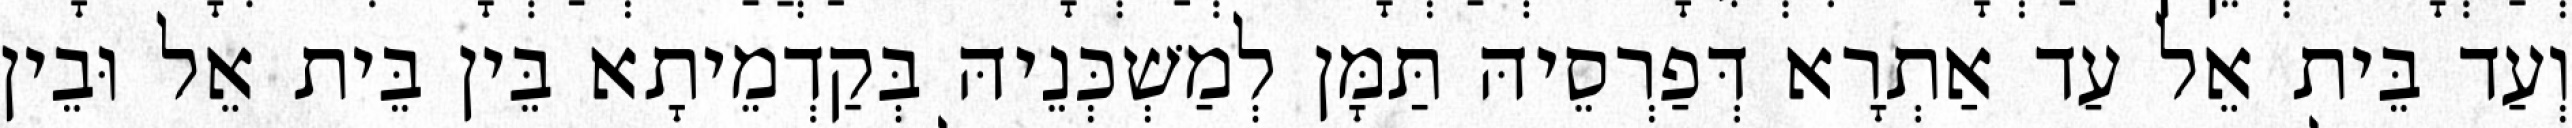
וְעַד בֵּית אֵל עַד אַתְרָא דְּפַרְסֵיהּ תַּמָּן לְמַשְׁכְּנֵיהּ בְּקַדְמֵיתָא בֵּין בֵּית אֵל וּבֵין